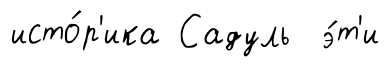
исто́р'ика Садуль э́т'и